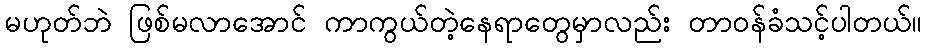
မဟုတ်ဘဲ ဖြစ်မလာအောင် ကာကွယ်တဲ့နေရာတွေမှာလည်း တာဝန်ခံသင့်ပါတယ်။